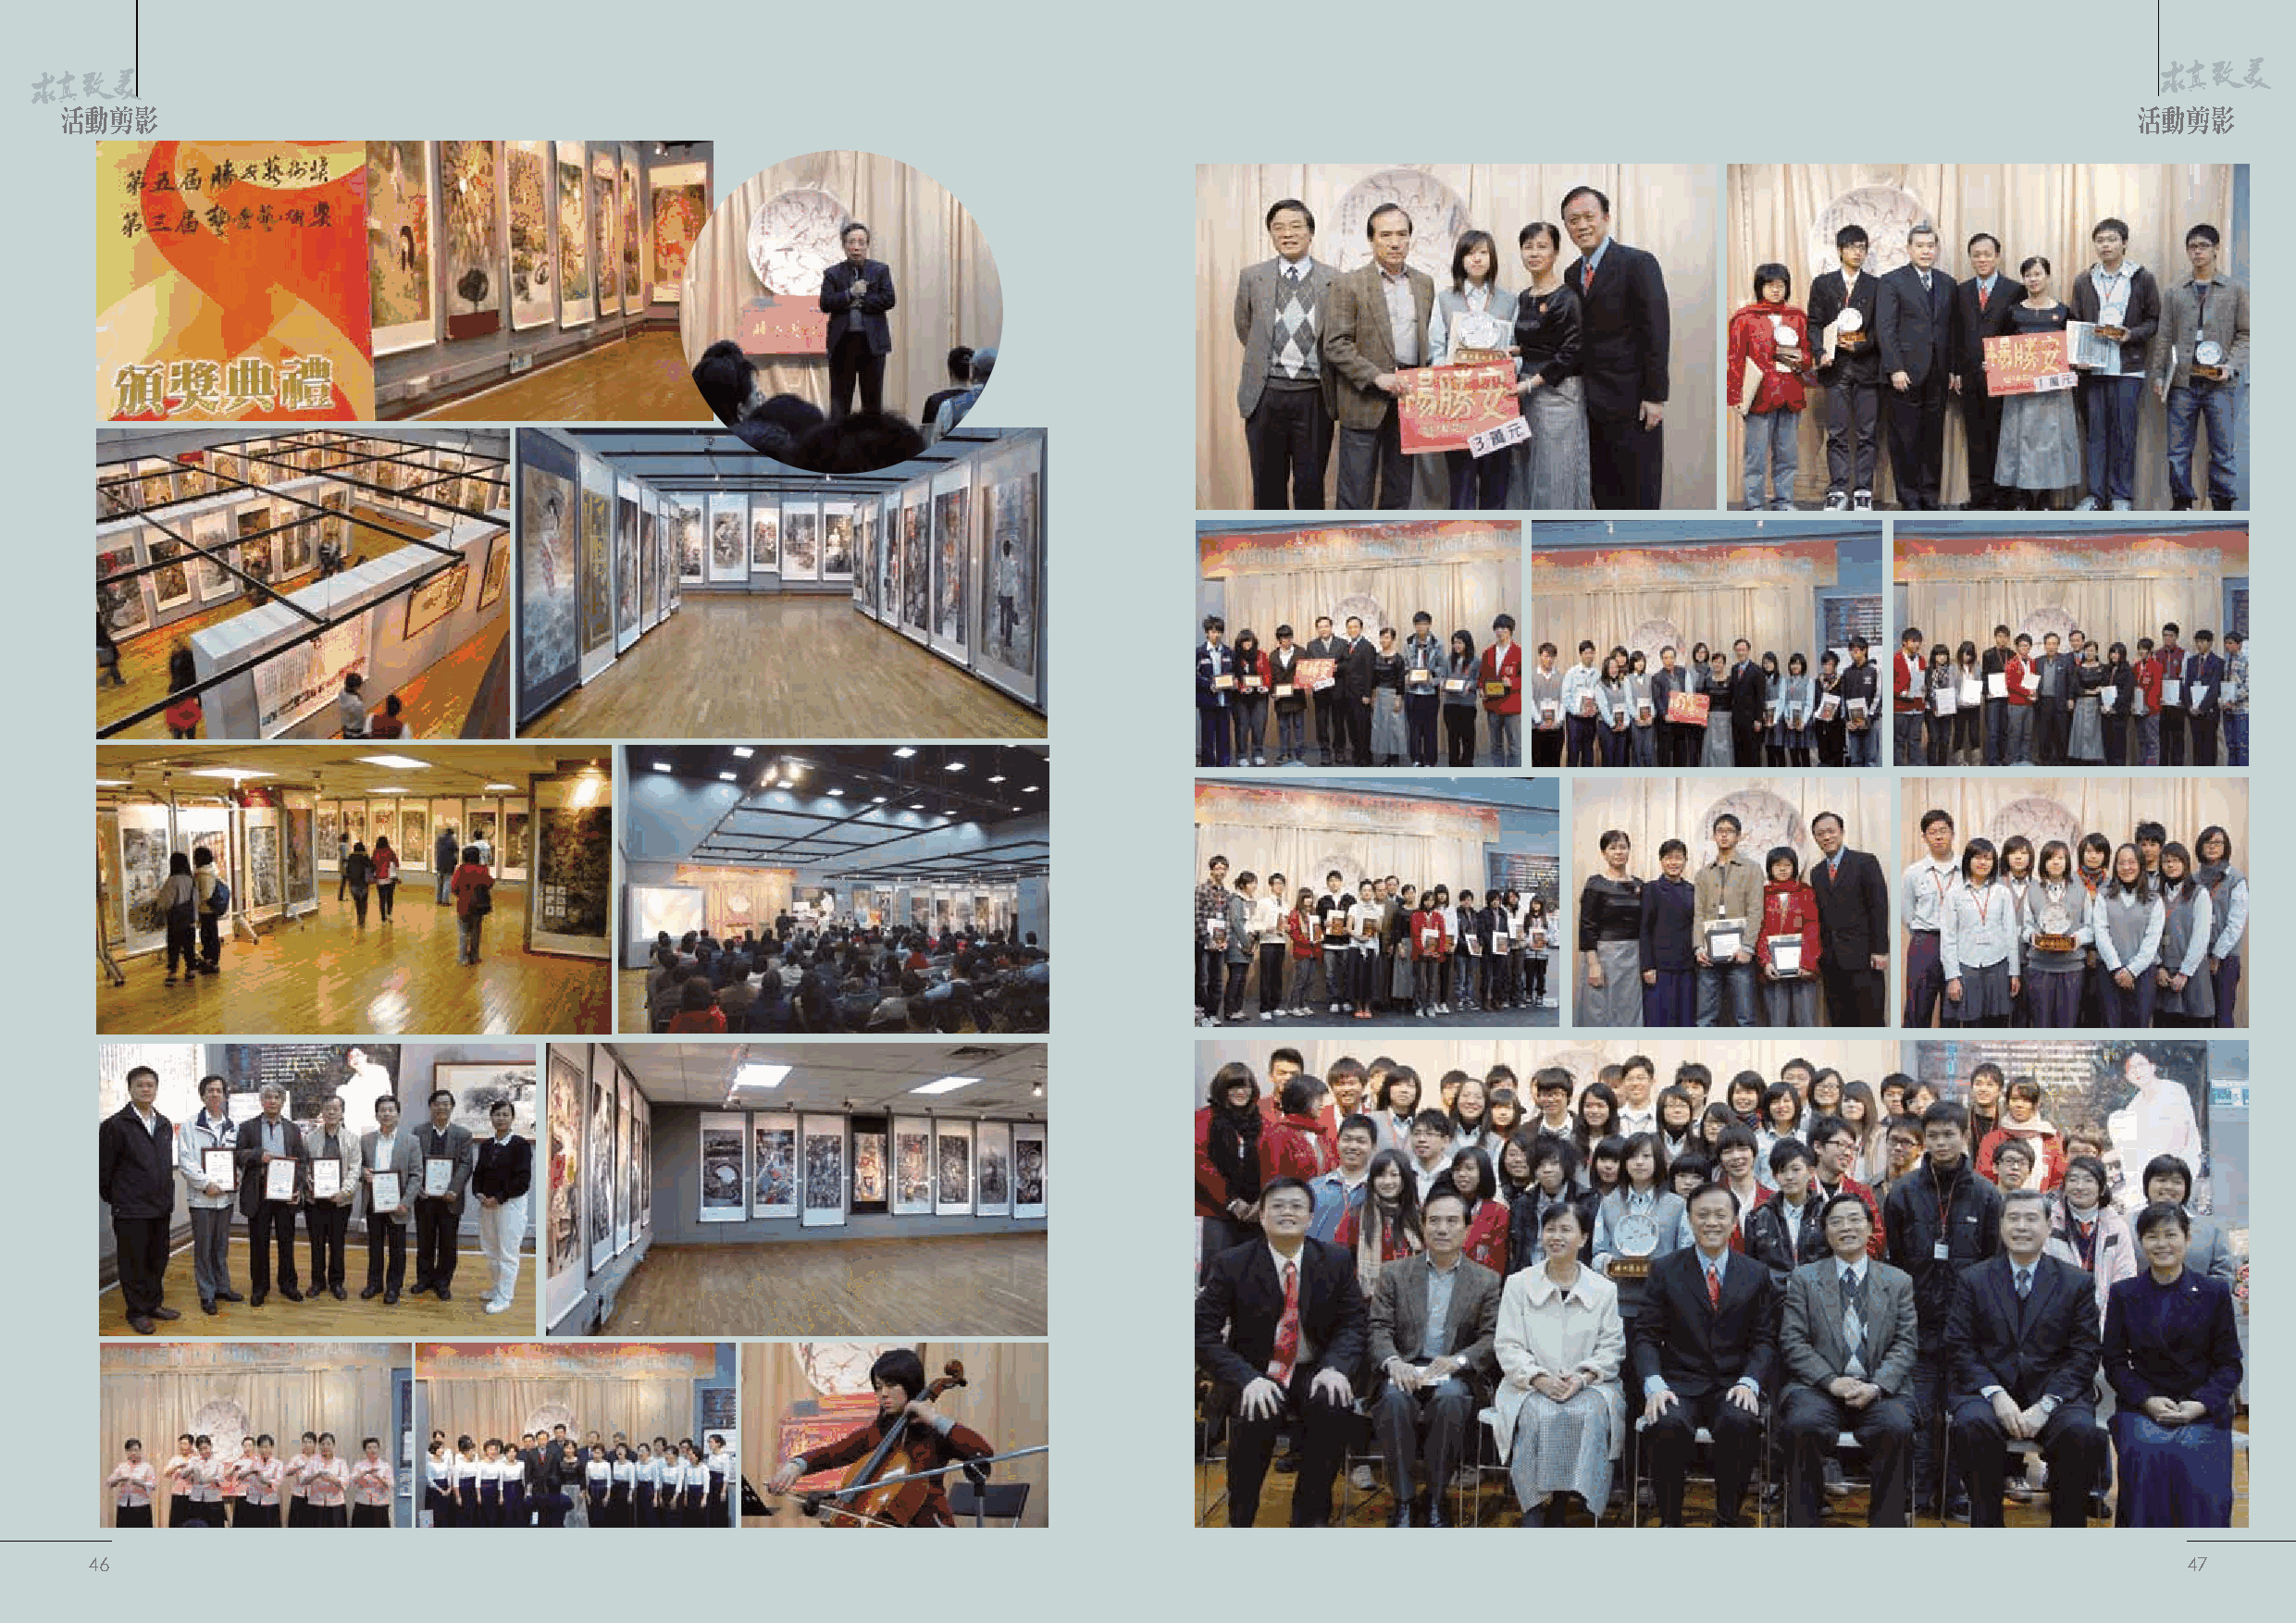
活動剪影                                                                                                                                                 活動剪影
 46                                                                                                                                                    47